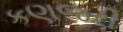
કણજરી